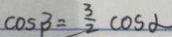
\cos \beta = \frac { 3 } { 2 } \cos \alpha